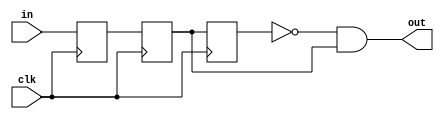
// This program was cloned from: https://github.com/sinkswim/veriloglib
// License: MIT License

// Edge synchronizer:
//     - When parameter LOWHIGH = 1, will output 1 for one clock cycle whenever the input makes a low-to-high transition
//     - When parameter LOWHIGH = 0, will output 1 for one clock cycle whenever the input makes a high-to-low transition
//

module edge_sync
#(parameter LOWHIGH = 1)
(
    input clk,
    input in,
    output out
);

reg r1, r2, r3;

always @(posedge clk)
begin
    r1 <= in;
    r2 <= r1;
    r3 <= r2;
end

generate
    if(LOWHIGH == 1)
        assign out = ~r3 & r2;
    else if (LOWHIGH == 0)
        assign out = r3 & ~r2;
endgenerate

endmodule